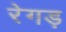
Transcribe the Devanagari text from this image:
रेगड़